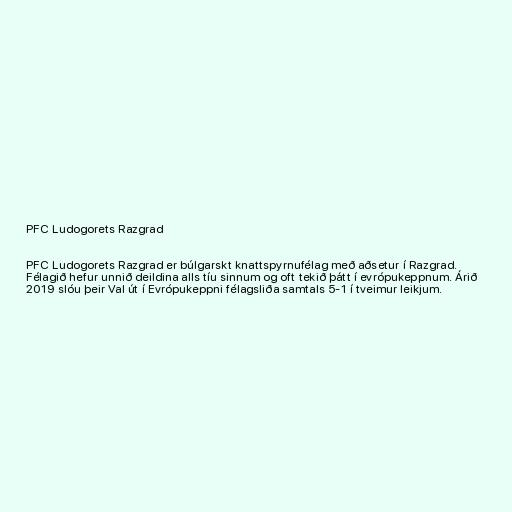
PFC Ludogorets Razgrad

PFC Ludogorets Razgrad er búlgarskt knattspyrnufélag með aðsetur í Razgrad.
Félagið hefur unnið deildina alls tíu sinnum og oft tekið þátt í evrópukeppnum. Árið
2019 slóu þeir Val út í Evrópukeppni félagsliða samtals 5-1 í tveimur leikjum.